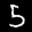
Label: 5